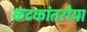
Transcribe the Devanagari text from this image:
कंटकांतरोया